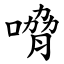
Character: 嗋